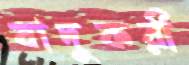
যাদুকরী